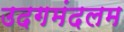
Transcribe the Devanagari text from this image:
उदगमंदलम